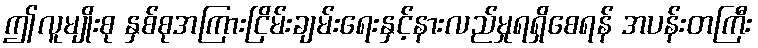
ဤလူမျိုးစု နှစ်စုအကြားငြိမ်းချမ်းရေးနှင့်နားလည်မှုရရှိစေရန် အပန်းတကြီး